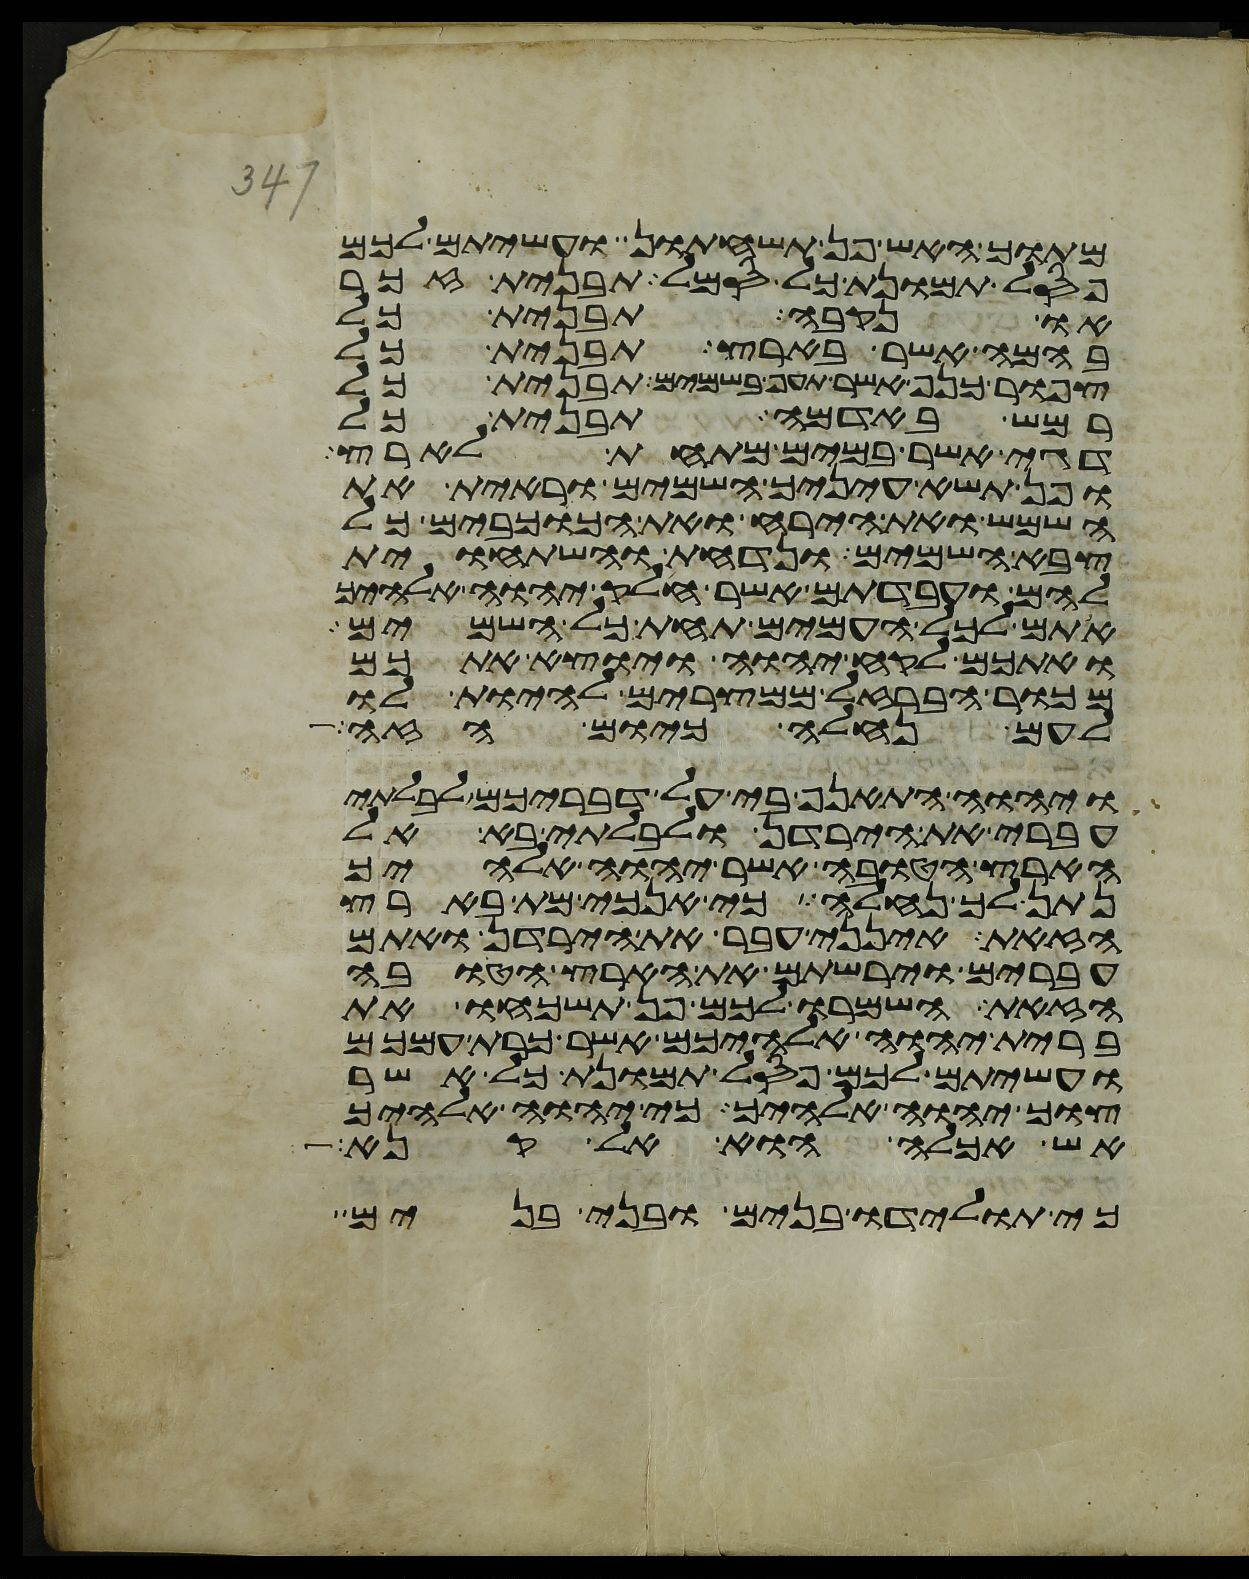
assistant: מתוך האש פן תשחתון ועשיתם לכם
פסל תמונת כל סמל תבנית זכר
או נקבה תבנית כל
בהמה אשר בארץ תבנית כל
צפור כנף אשר תעף בשמים תבנית כל
רמש באדמה תבנית כל
דגי אשר במים מתחת לארץ
ופן תשא עיניך השמים וראית את
השמש ואת הירח ואת הכוכבים כל
צבא השמים ונדחת והשתחוית
להם ועבדתם אשר חלק יהוה אלהיך
אתם לכל העמים תחת כל השמים
ואתכם לקח יהוה ויוצא אתכם
מכור הברזל ממצרים להיות לו
לעם נחלה כיום הזה
ויהוה התאנף בי על דבריכם לבלתי
עברי את הירדן ולבלתי בא אל
הארץ הטובה אשר יהוה אלהיך
נתן לך נחלה כי אנכי מת בארץ
הזאת אינני עבר את הירדן ואתם
עברים וירשתם את הארץ הטובה
הזאת השמרו לכם פן תשכחו את
ברית יהוה אלהיכם אשר כרת עמכם
ועשיתם לכם פסל תמונת כל אשר
צוך יהוה אלהיך כי יהוה אלהיך
אש אכלה הוא אל קנא
כי תולידו בנים ובני בנים